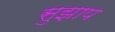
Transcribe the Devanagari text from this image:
सुझाप